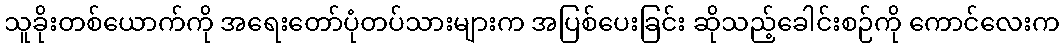
သူခိုးတစ်ယောက်ကို အရေးတော်ပုံတပ်သားများက အပြစ်ပေးခြင်း ဆိုသည့်ခေါင်းစဉ်ကို ကောင်လေးက